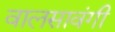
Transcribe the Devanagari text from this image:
वालसावंगी